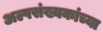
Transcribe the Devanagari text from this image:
अल्पसंख्यकांच्या